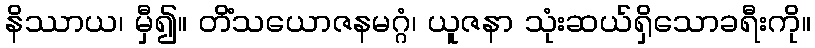
နိဿာယ၊ မှီ၍။ တိံသယောဇနမဂ္ဂံ၊ ယူဇနာ သုံးဆယ်ရှိသောခရီးကို။